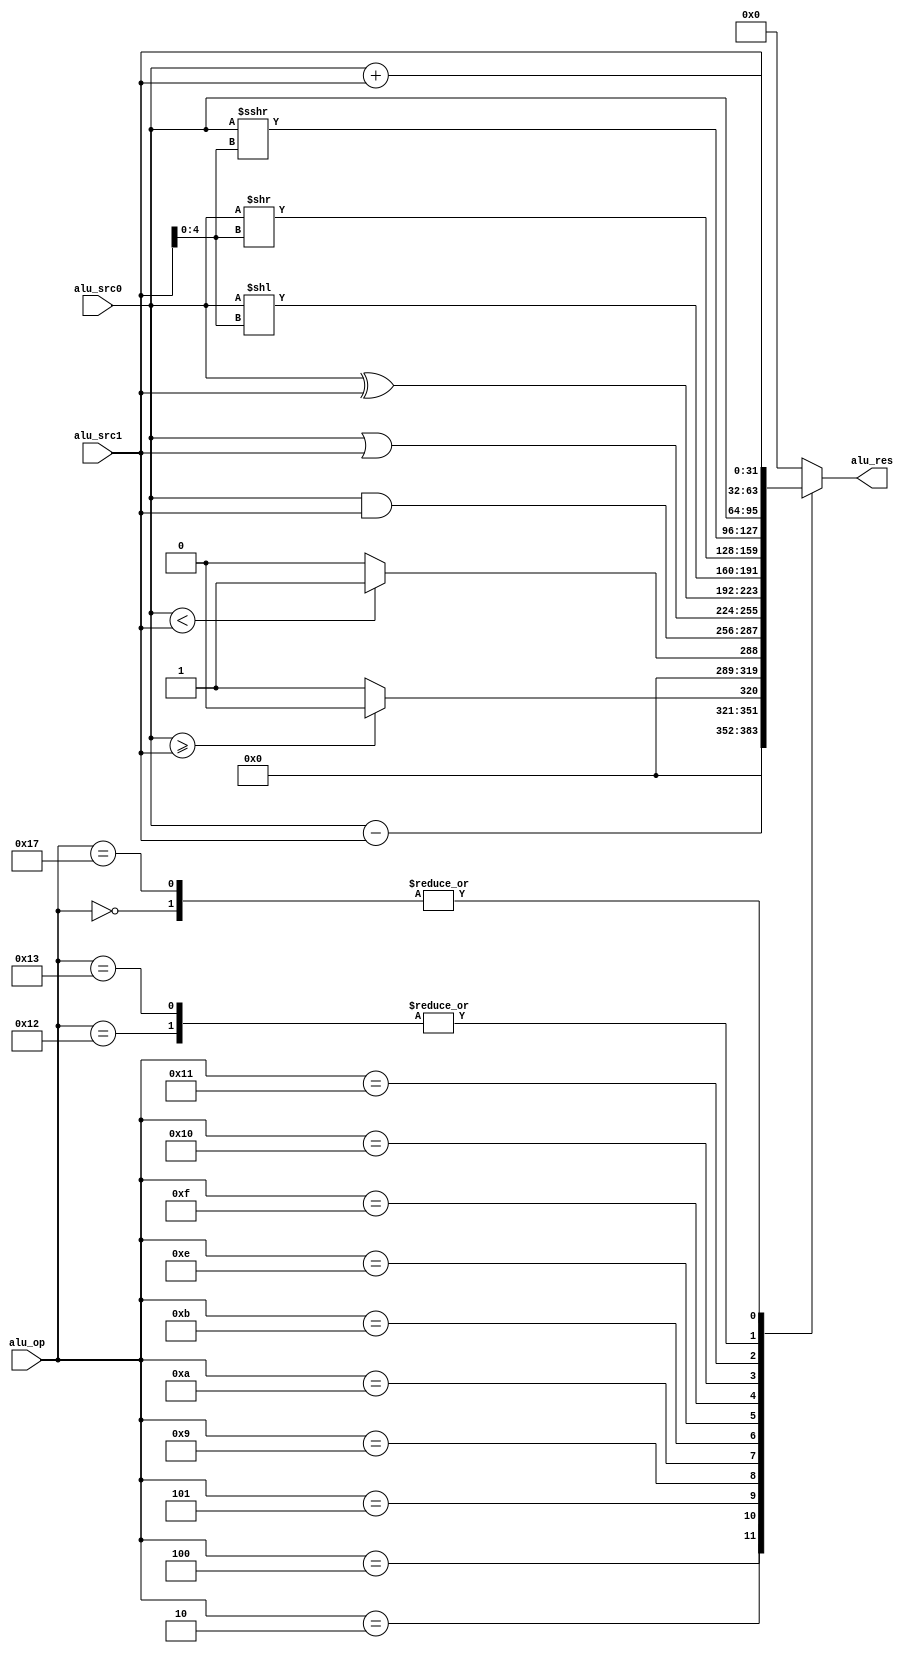
//`timescale 1ns / 1ps
//////////////////////////////////////////////////////////////////////////////////
// Company: 
// Engineer: 
// 
// Design Name: 
// Module Name: ALU
// Project Name: 
// Target Devices: 
// Tool Versions: 
// Description: 
// 
// Dependencies: 
// 
// Revision:
// Revision 0.01 - File Created
// Additional Comments:
// 
//////////////////////////////////////////////////////////////////////////////////


`define ADD                 5'B00000    
`define SUB                 5'B00010   
`define SLT                 5'B00100
`define SLTU                5'B00101
`define AND                 5'B01001
`define OR                  5'B01010
`define XOR                 5'B01011
`define SLL                 5'B01110   
`define SRL                 5'B01111    
`define SRA                 5'B10000  
`define SRC0                5'B10001
`define SRC1                5'B10010
`define LU12i               5'B10011
`define pacu                5'B10111

// `define LD                  5'B11000//ld.w  ld.b  ld.h  ld.bu  ld.hu
// `define ST                  5'B11001//ST.W  st.h  st.b

module ALU (
    input                   [31 : 0]            alu_src0,
    input                   [31 : 0]            alu_src1,
    input                   [ 4 : 0]            alu_op,

    output      reg         [31 : 0]            alu_res
);
reg signed [31:0] a_signed;
reg signed [31:0] b_signed;

always @(*) begin
    a_signed = $signed(alu_src0);
    b_signed = $signed(alu_src1);
end

    always @(*) begin
        case(alu_op)
            `ADD  :
                alu_res = alu_src0 + alu_src1;
            `SUB  :
                alu_res = alu_src0 - alu_src1;
            `SLT : begin
                if (a_signed >= b_signed) begin
                    alu_res = 32'b0;
                end else begin
                    alu_res = 32'b1;
                end
            end
            `SLTU :
            alu_res = (alu_src0 < alu_src1) ? 32'b1 : 32'b0;
            `AND  :
                alu_res = alu_src0 & alu_src1;
            `OR   :
                alu_res = alu_src0 | alu_src1;
            `XOR  :
                alu_res = alu_src0 ^ alu_src1;
            `SLL  :
                alu_res = alu_src0 << alu_src1[4:0];
            `SRL  :
                alu_res = alu_src0 >> alu_src1[4:0];
            `SRA  :
                alu_res = $signed(a_signed) >>> alu_src1[4:0];
            `SRC0 :
                alu_res = alu_src0;
            `SRC1 :
                alu_res = alu_src1;
            `LU12i :
                alu_res = alu_src1;
            `pacu :
                alu_res = alu_src0 + (alu_src1);
            default :
                alu_res = 32'H0;
        endcase
    end
endmodule